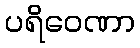
ပရိဝေဏာ